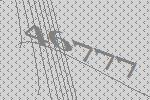
46777